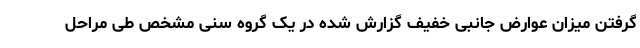
گرفتن میزان عوارض جانبی خفیف گزارش شده در یک گروه سنی مشخص طی مراحل